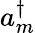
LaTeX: a_{m}^{\dagger}